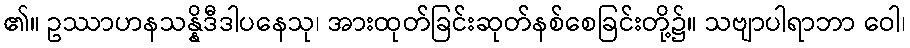
၏။ ဥဿာဟနသန္နိဒီဒါပနေသု၊ အားထုတ်ခြင်းဆုတ်နစ်စေခြင်းတို့၌။ သဗျာပါရာဘာ ဝေါ၊